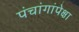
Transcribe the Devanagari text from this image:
पंचांगांपेक्षा